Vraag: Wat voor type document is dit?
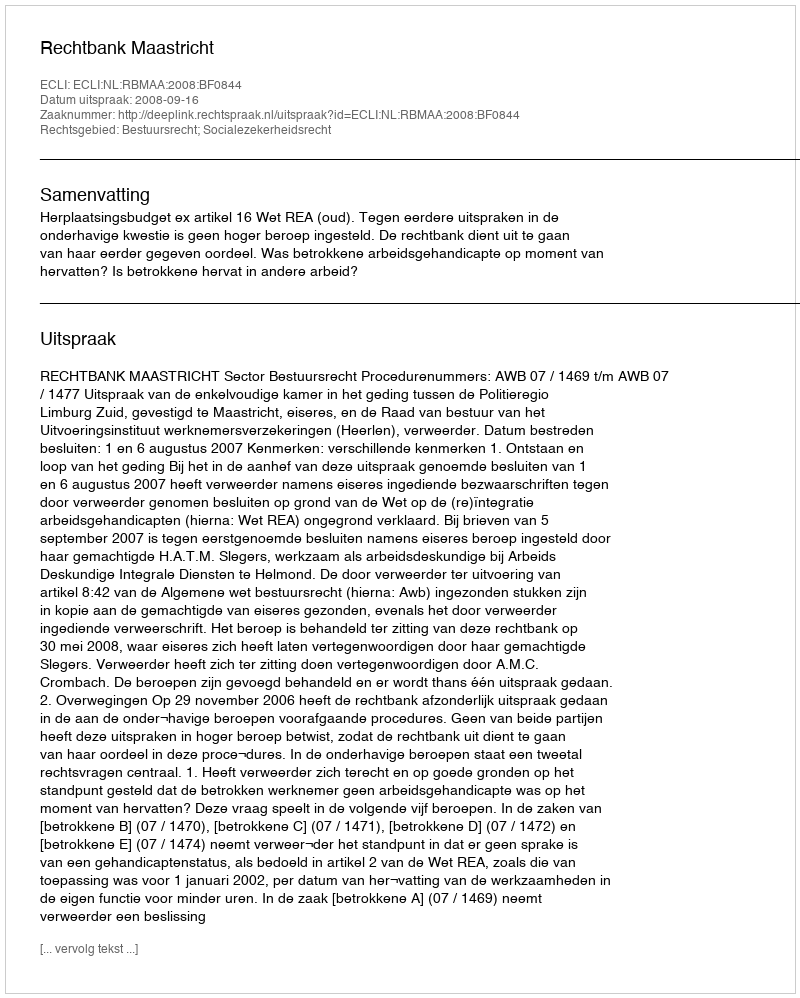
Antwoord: Uitspraak